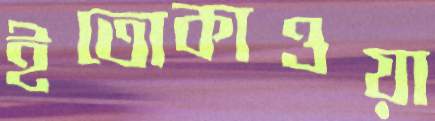
ইতোকাওয়া